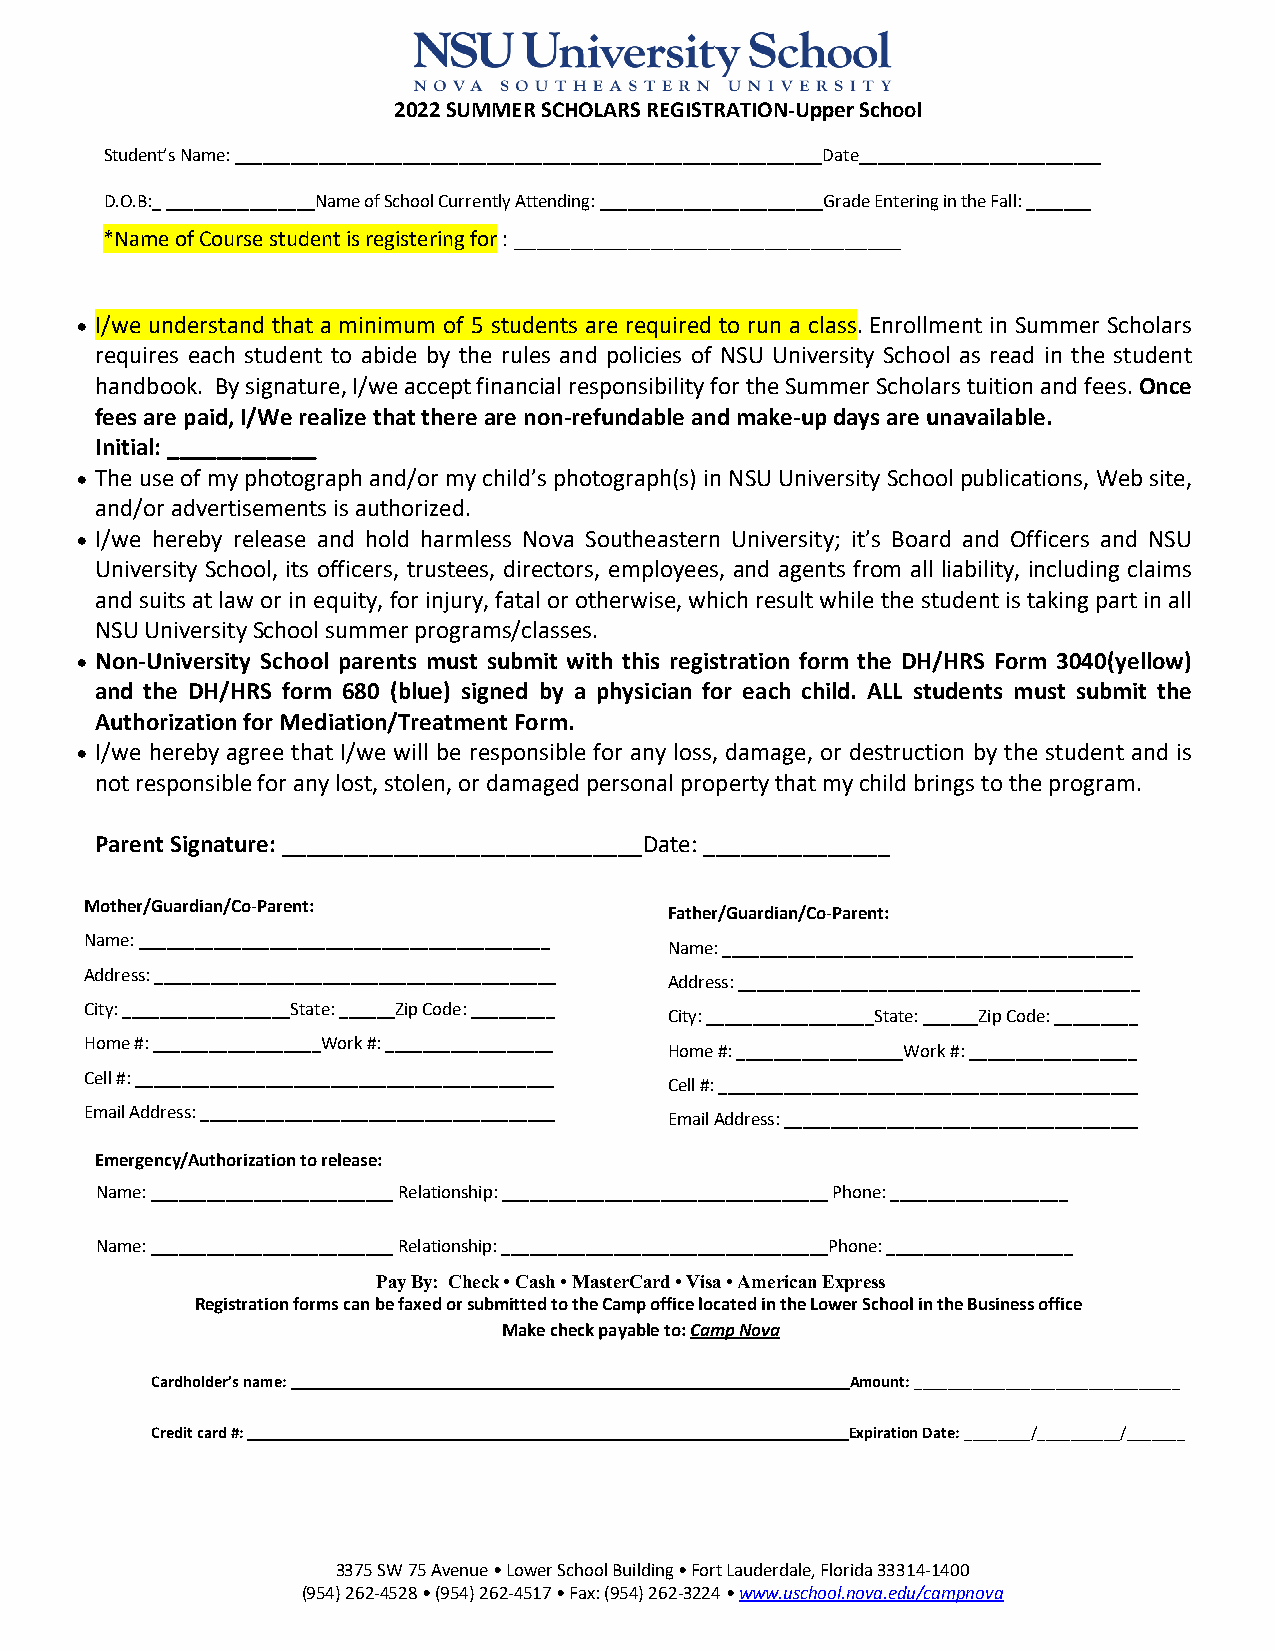
2022 SUMMER SCHOLARS REGISTRATION-Upper School
 Student’s Name: _______________________________________________________________Date__________________________
 D.O.B:_ ________________Name of School Currently Attending: ________________________Grade Entering in the Fall: _______
 *Name of Course student is registering for : __________________________________
 • I/we understand that a minimum of 5 students are required to run a class. Enrollment in Summer Scholars
 requires each student to abide by the rules and policies of NSU University School as read in the student
 handbook. By signature, I/we accept financial responsibility for the Summer Scholars tuition and fees. Once
 fees are paid, I/We realize that there are non-refundable and make-up days are unavailable.
 Initial: ____________
 • The use of my photograph and/or my child’s photograph(s) in NSU University School publications, Web site,
 and/or advertisements is authorized.
 • I/we hereby release and hold harmless Nova Southeastern University; it’s Board and Officers and NSU
 University School, its officers, trustees, directors, employees, and agents from all liability, including claims
 and suits at law or in equity, for injury, fatal or otherwise, which result while the student is taking part in all
 NSU University School summer programs/classes.
 • Non-University School parents must submit with this registration form the DH/HRS Form 3040(yellow)
 and the DH/HRS form 680 (blue) signed by a physician for each child. ALL students must submit the
 Authorization for Mediation/Treatment Form.
 • I/we hereby agree that I/we will be responsible for any loss, damage, or destruction by the student and is
 not responsible for any lost, stolen, or damaged personal property that my child brings to the program.
 Parent Signature: _____________________________Date: _______________
 Mother/Guardian/Co-Parent:
 Father/Guardian/Co-Parent:
 Name: ____________________________________________
 Name: ____________________________________________
 Address: ___________________________________________
 Address: ___________________________________________
 City: __________________State: ______Zip Code: _________
 City: __________________State: ______Zip Code: _________
 Home #: __________________Work #: __________________
 Home #: __________________Work #: __________________
 Cell #: _____________________________________________
 Cell #: _____________________________________________
 E mail Address: ______________________________________
 Email Address: ______________________________________
 Emergency/Authorization to release:
 Name: __________________________ Relationship: ___________________________________ Phone: ___________________
 Name: __________________________ Relationship: ___________________________________Phone: ____________________
 Pay By: Check • Cash • MasterCard • Visa • American Express
 Registration forms can be faxed or submitted to the Camp office located in the Lower School in the Business office
 Make check payable to: Camp Nova
 Cardholder’s name:         __________________________________ Amount: ________________________________
 Credit card #:                                Expiration Date: ________/__________/_______
 3375 SW 75 Avenue • Lower School Building • Fort Lauderdale, Florida 33314-1400
 (954) 262-4528 • (954) 262-4517 • Fax: (954) 262-3224 • www.uschool.nova.edu/campnova